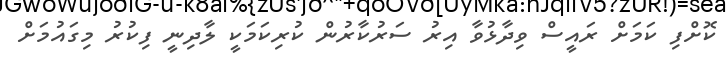
ކޮށްފި ކަމަށް ރައީސް ވިދާޅުވާ އިރު ސަރުކާރުން ކުރިކަމަކީ ލާދިނީ ފިކުރު މިގައުމަށް